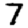
Digit: 7